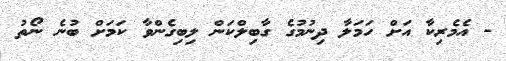
- އެމެރިކާ އަށް ހަމަލާ ދިނުމުގެ ގާބިލްކަން ލިބިގެންވާ ކަމަށް ބުނެ ނޯތު